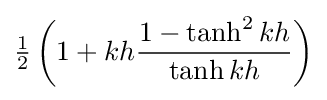
{\tfrac {1}{2}}\left(1+kh{\frac {1-\tanh ^{2}kh}{\tanh kh}}\right)